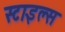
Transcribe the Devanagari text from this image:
स्‍टाइल्‍स